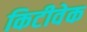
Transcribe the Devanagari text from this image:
किटीवेक